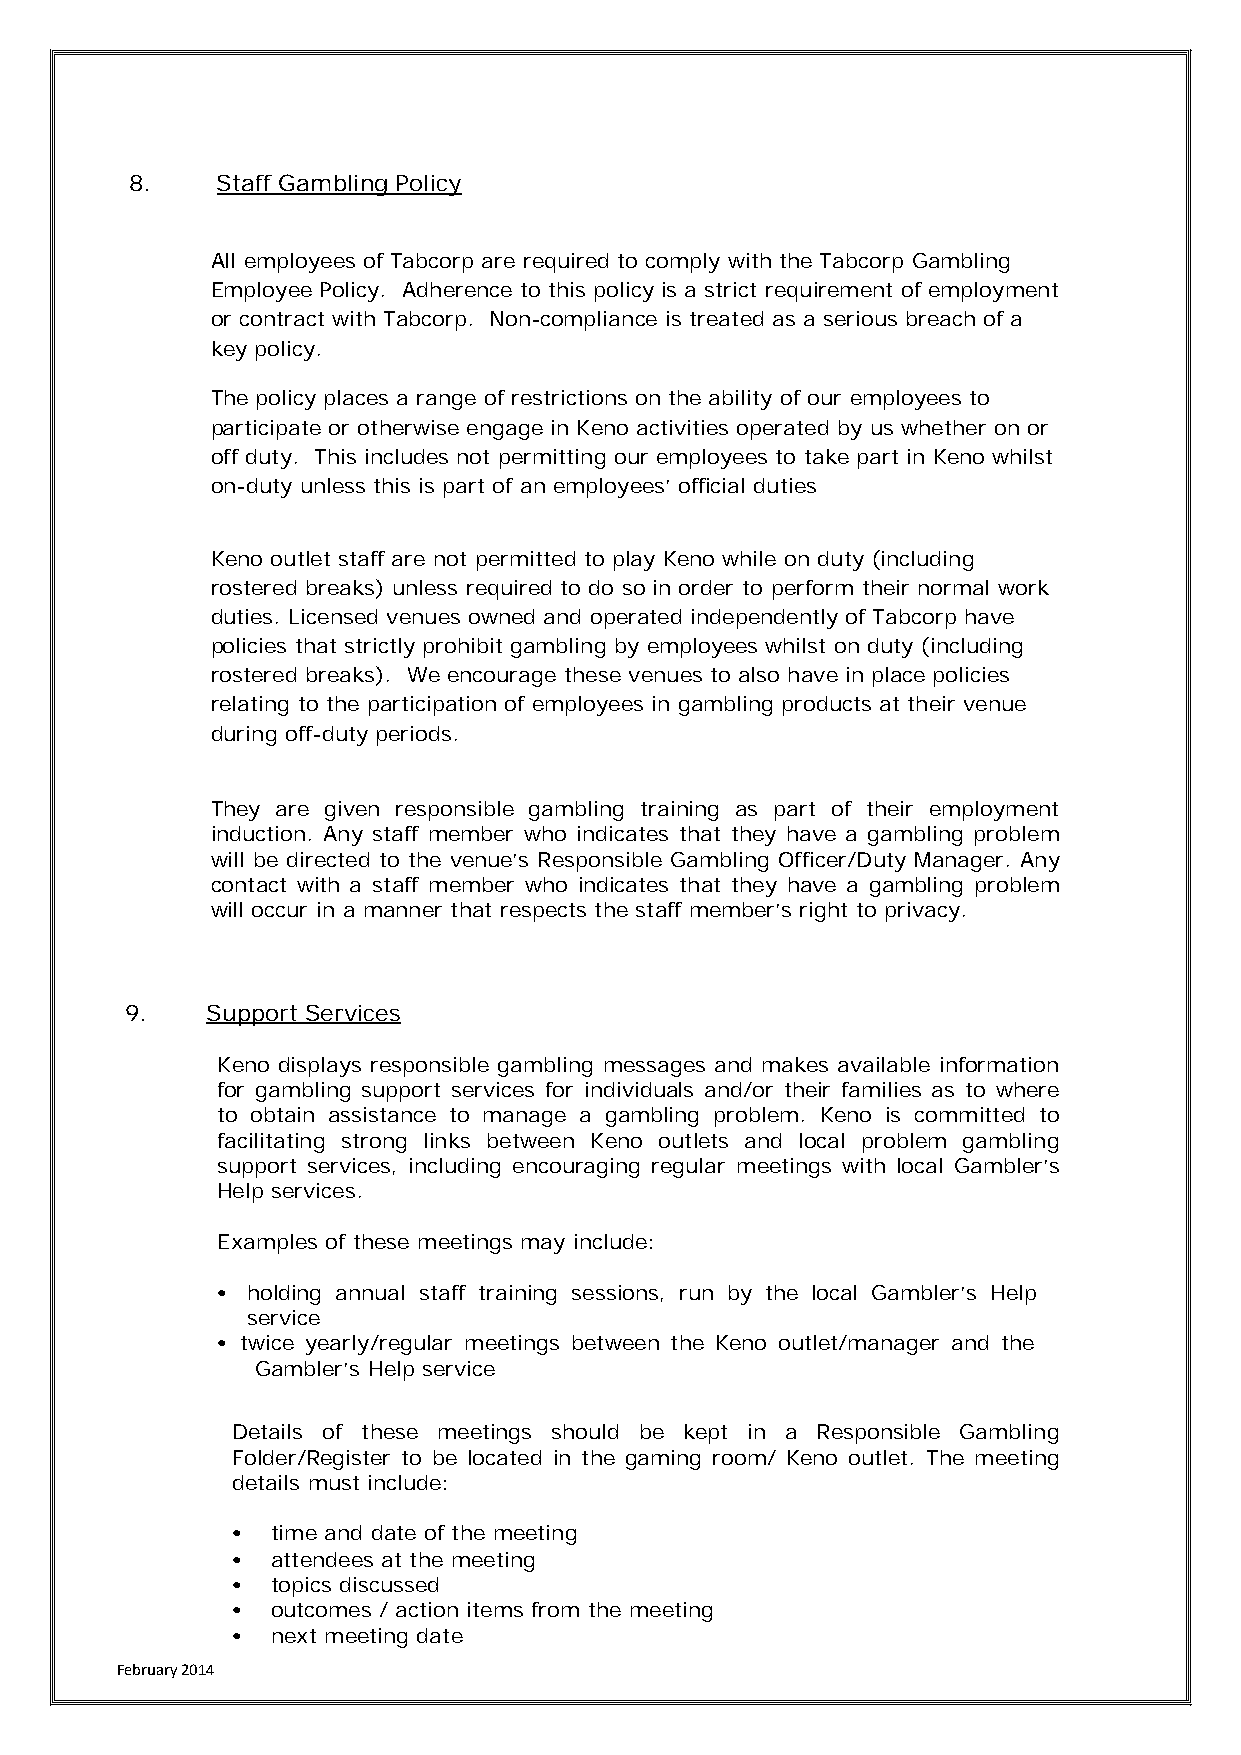
8.   Staff Gambling Policy
 All employees of Tabcorp are required to comply with the Tabcorp Gambling
 Employee Policy. Adherence to this policy is a strict requirement of employment
 or contract with Tabcorp. Non-compliance is treated as a serious breach of a
 key policy.
 The policy places a range of restrictions on the ability of our employees to
 participate or otherwise engage in Keno activities operated by us whether on or
 off duty. This includes not permitting our employees to take part in Keno whilst
 on-duty unless this is part of an employees’ official duties
 Keno outlet staff are not permitted to play Keno while on duty (including
 rostered breaks) unless required to do so in order to perform their normal work
 duties. Licensed venues owned and operated independently of Tabcorp have
 policies that strictly prohibit gambling by employees whilst on duty (including
 rostered breaks). We encourage these venues to also have in place policies
 relating to the participation of employees in gambling products at their venue
 during off-duty periods.
 They are given responsible gambling training as part of their employment
 induction. Any staff member who indicates that they have a gambling problem
 will be directed to the venue’s Responsible Gambling Officer/Duty Manager. Any
 contact with a staff member who indicates that they have a gambling problem
 will occur in a manner that respects the staff member’s right to privacy.
 9.    Support Services
 Keno displays responsible gambling messages and makes available information
 for gambling support services for individuals and/or their families as to where
 to obtain assistance to manage a gambling problem. Keno is committed to
 facilitating strong links between Keno outlets and local problem gambling
 support services, including encouraging regular meetings with local Gambler’s
 Help services.
 Examples of these meetings may include:
 • holding annual staff training sessions, run by the local Gambler’s Help
 service
 • twice yearly/regular meetings between the Keno outlet/manager and the
 Gambler’s Help service
 Details of these meetings should be kept in a Responsible Gambling
 Folder/Register to be located in the gaming room/ Keno outlet. The meeting
 details must include:
 •  time and date of the meeting
 •  attendees at the meeting
 •  topics discussed
 •  outcomes / action items from the meeting
 •  next meeting date
 February 2014